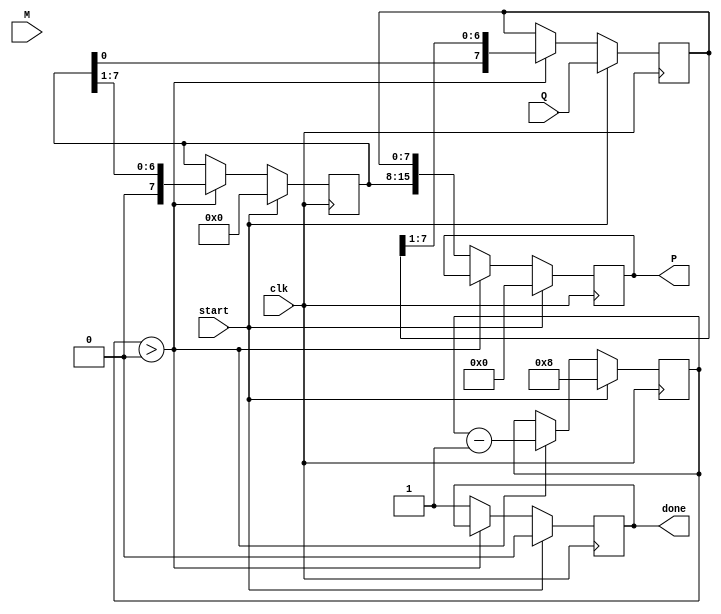
module booth_multiplier #(parameter WIDTH = 8) (
    input signed [WIDTH-1:0] M,      // Multiplicand
    input signed [WIDTH-1:0] Q,      // Multiplier
    output reg signed [2*WIDTH-1:0] P, // Product
    input clk,
    input start,
    output reg done
);

    reg signed [WIDTH-1:0] A;         // Accumulator
    reg [WIDTH-1:0] Q_temp;            // Temporary multiplier
    reg [WIDTH-1:0] count;             // Count of bits processed
    reg Q_1;                           // Previous LSB of Q

    always @(posedge clk) begin
        if (start) begin
            // Initialize
            A <= 0;
            Q_temp <= Q;
            P <= 0;
            count <= WIDTH;
            Q_1 <= 0;
            done <= 0;
        end else if (count > 0) begin
            case ({Q_temp[0], Q_1})
                2'b01: A <= A + M;  // Add M to A
                2'b10: A <= A - M;  // Subtract M from A
                default: ;          // Do nothing
            endcase
            
            // Shift right: A and Q_temp
            {A, Q_temp} <= {A, Q_temp} >> 1;
            Q_1 <= Q_temp[0]; // Update previous LSB
            count <= count - 1; // Decrement count
        end else begin
            // Store the result in P
            P <= {A, Q_temp};
            done <= 1; // Indicate that the operation is done
        end
    end
endmodule